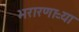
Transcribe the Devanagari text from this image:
भरारणाऱ्या